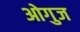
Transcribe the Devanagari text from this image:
ओगुज